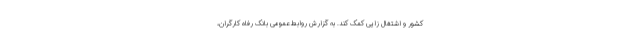
کشور و اشتغال زایی کمک کند. به گزارش روابط عمومی بانک رفاه کارگران،